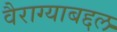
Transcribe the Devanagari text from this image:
वैराग्याबद्दल